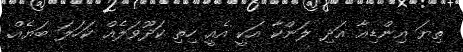
ތިޔަ އިންޑިއާ އަދި ލަންކާ އަކީ އެއީ ހިތި ކަދޫވަލެއް ކަހަލަ ބަޔެއް.